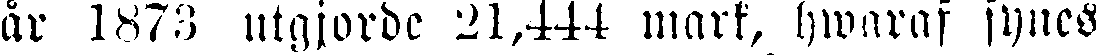
är 1873 utgjorde 21,444 mark, hwaraf synes